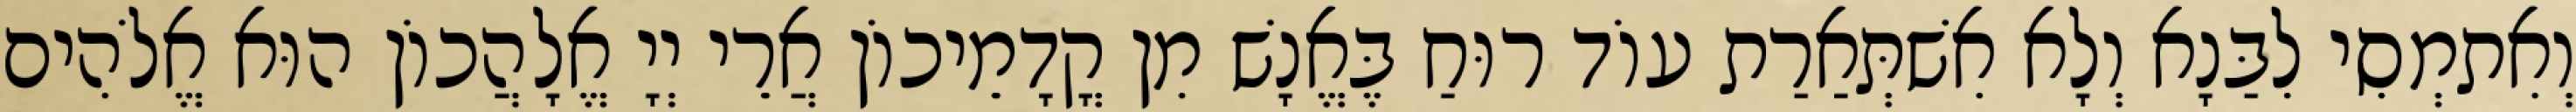
וְאִתמְסִי לִבַּנָא וְלָא אִשׁתְּאַרַת עוֹד רוּחַ בֶּאֱנָשׁ מִן קֳדָמֵיכוֹן אֲרֵי יְיָ אֱלָהֲכוֹן הוּא אֱלֹהִים